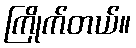
ကြိုက်တယ်။